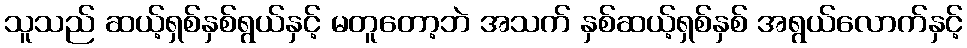
သူသည် ဆယ့်ရှစ်နှစ်ရွယ်နှင့် မတူတော့ဘဲ အသက် နှစ်ဆယ့်ရှစ်နှစ် အရွယ်လောက်နှင့်